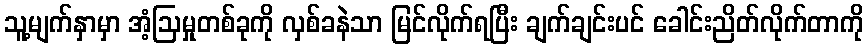
သူ့မျက်နှာမှာ အံ့ဩမှုတစ်ခုကို လှစ်ခနဲသာ မြင်လိုက်ရပြီး ချက်ချင်းပင် ခေါင်းညိတ်လိုက်တာကို